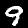
Label: 9